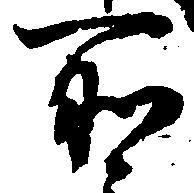
所